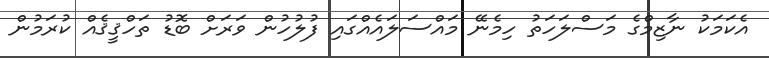
އެކަމަކު ނާޒިމްގެ މަސްލަހަތު ހިމެނޭ މައްސަލައެއްގައި ފުލުހުން ވަރަށް ބޮޑު ތަހްޤީޤެއް ކުރަމުން